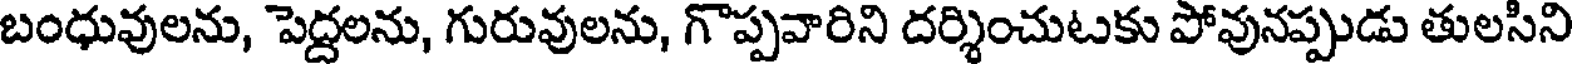
బంధువులను, పెద్దలను, గురువులను, గొప్పవారిని దర్శించుటకు పోవునప్పుడు తులసిని